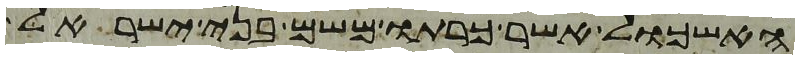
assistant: האשכול אשר כרתו משם בני ישראל